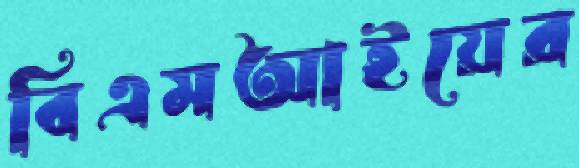
বিএমআইয়ের